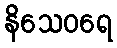
နိသေဝရေ